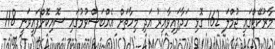
މާރުކޭޓްގައި ޖުމްލަ 162 ގޮޅި ހަދާފައިވާއިރު އަދި މިހާތަށް އެއްބަސްވުމުގައި ސޮއިކޮށްފައިވަނީ 118